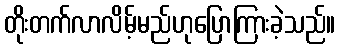
တိုးတက်လာလိမ့်မည်ဟုပြောကြားခဲ့သည်။